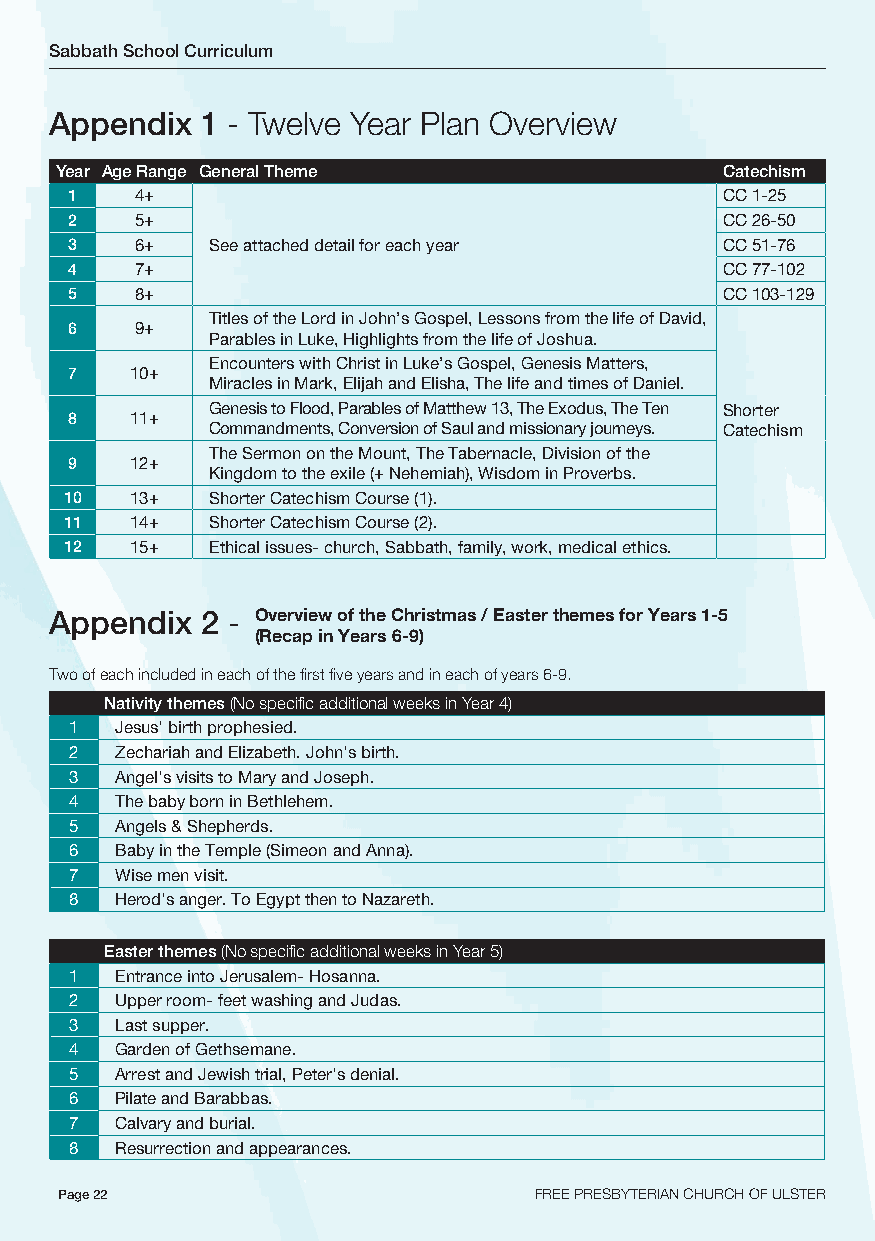
Sabbath School Curriculum
 Appendix  1 - Twelve Year Plan Overview
 Year Age Range General Theme                Catechism
 1   4+                                     CC 1-25
 2   5+                                     CC 26-50
 3   6+   See attached detail for each year CC 51-76
 4   7+                                     CC 77-102
 5   8+                                     CC 103-129
 Titles of the Lord in John’s Gospel, Lessons from the life of David,
 6   9+
 Parables in Luke, Highlights from the life of Joshua.
 Encounters with Christ in Luke’s Gospel, Genesis Matters,
 7   10+
 Miracles in Mark, Elijah and Elisha, The life and times of Daniel.
 Genesis to Flood, Parables of Matthew 13, The Exodus, The Ten Shorter
 8   11+
 Commandments, Conversion of Saul and missionary journeys. Catechism
 The Sermon on the Mount, The Tabernacle, Division of the
 9   12+
 Kingdom to the exile (+ Nehemiah), Wisdom in Proverbs.
 10   13+  Shorter Catechism Course (1).
 11   14+  Shorter Catechism Course (2).
 12   15+  Ethical issues- church, Sabbath, family, work, medical ethics.
 Appendix  2 - Overview of the Christmas / Easter themes for Years 1-5
 (Recap in Years 6-9)
 Two of each included in each of the first five years and in each of years 6-9.
 Nativity themes (No specific additional weeks in Year 4)
 1  Jesus' birth prophesied.
 2  Zechariah and Elizabeth. John's birth.
 3  Angel's visits to Mary and Joseph.
 4  The baby born in Bethlehem.
 5  Angels & Shepherds.
 6  Baby in the Temple (Simeon and Anna).
 7  Wise men visit.
 8  Herod's anger. To Egypt then to Nazareth.
 Easter themes (No specific additional weeks in Year 5)
 1  Entrance into Jerusalem- Hosanna.
 2  Upper room- feet washing and Judas.
 3  Last supper.
 4  Garden of Gethsemane.
 5  Arrest and Jewish trial, Peter's denial.
 6  Pilate and Barabbas.
 7  Calvary and burial.
 8  Resurrection and appearances.
 Page 22                        FREE PRESBYTERIAN CHURCH OF ULSTER